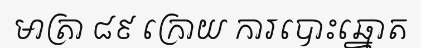
មាត្រា ៨៩ ក្រោយ ការបោះឆ្នោត